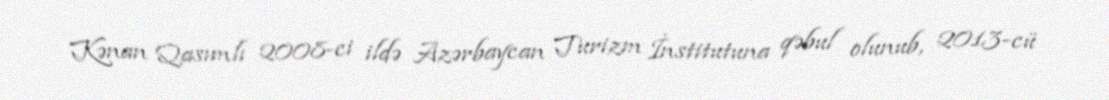
Kənan Qasımlı 2008-ci ildə Azərbaycan Turizm İnstitutuna qəbul olunub, 2013-cü